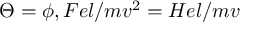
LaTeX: \Theta = \phi , F e l / m v ^ { 2 } = H e l / m v